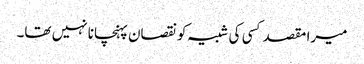
میرا مقصد کسی کی شبیہ کونقصان پہنچانا نہیں تھا۔